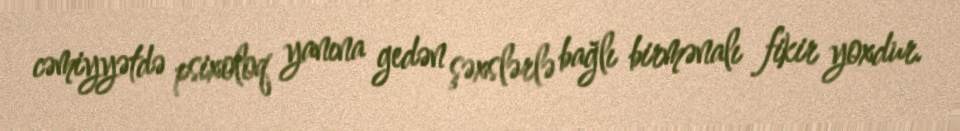
cəmiyyətdə psixoloq yanına gedən şəxslərlə bağlı birmənalı fikir yoxdur.